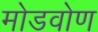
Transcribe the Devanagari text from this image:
मोडवोण